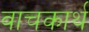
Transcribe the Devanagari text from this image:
वाचकार्थ